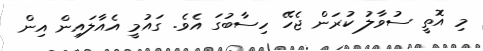
މި އޮތީ ސުވާލު ކުރަން ޖެހޭ ހިސާބުގަ އެވެ. ގައުމީ އެއާލައިން އިން